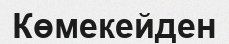
Көмекейден